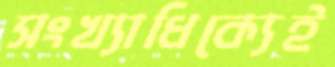
সংখ্যাধিক্যেই